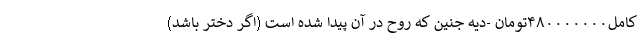
کامل۴۸۰۰۰۰۰۰۰تومان -دیه جنین که روح در آن پیدا شده است (اگر دختر باشد)